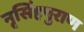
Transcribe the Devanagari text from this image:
नृसिंहपुराण